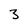
Character: 3